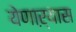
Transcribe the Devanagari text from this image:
येणाऱ्यास